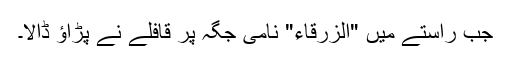
جب راستے میں "الزرقاء" نامی جگہ پر قافلے نے پڑاؤ ڈالا۔